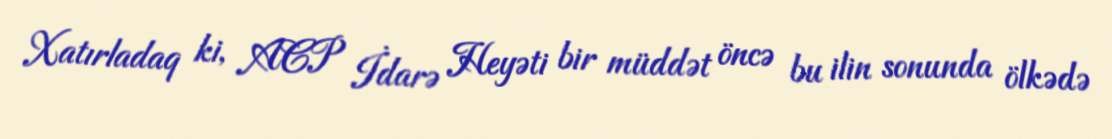
Xatırladaq ki, ACP İdarə Heyəti bir müddət öncə bu ilin sonunda ölkədə